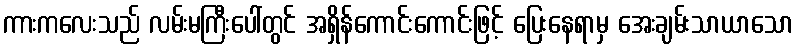
ကားကလေးသည် လမ်းမကြီးပေါ်တွင် အရှိန်ကောင်းကောင်းဖြင့် ပြေးနေရာမှ အေးချမ်းသာယာသော